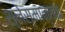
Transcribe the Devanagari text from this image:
श्लेस्मान्तक